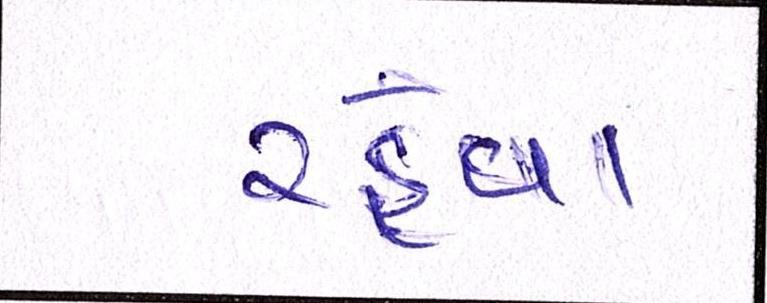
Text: રહેવા